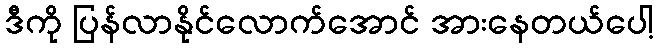
ဒီကို ပြန်လာနိုင်လောက်အောင် အားနေတယ်ပေါ့